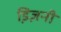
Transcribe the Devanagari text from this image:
डि़ज़नी